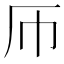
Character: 𫨂